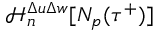
\mathcal { H } _ { n } ^ { \Delta u \Delta w } [ N _ { p } ( \tau ^ { + } ) ]